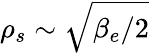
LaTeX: \rho_{s}\sim\sqrt{\beta_{e}/2}